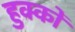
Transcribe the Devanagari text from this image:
हुक्कों